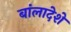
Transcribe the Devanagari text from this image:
बांलादेशे